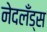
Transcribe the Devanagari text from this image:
नेदलँड्स